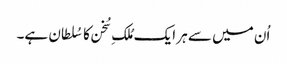
اُن میں سے ہر ایک مُلکِ سُخن کا سُلطان ہے۔